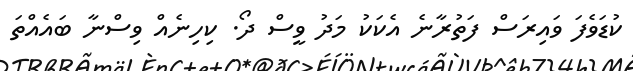
ކުޑަވެފަ ވައިރަސް ފަތުރާނެ އެކަކު މަދު ވީސް ދޯ. ކިހިނެއް ވިސްނާ ބައެއްތަ